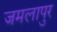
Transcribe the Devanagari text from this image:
जमलापुर